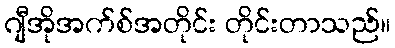
ဂျီအိုအက်စ်အတိုင်း တိုင်းတာသည်။